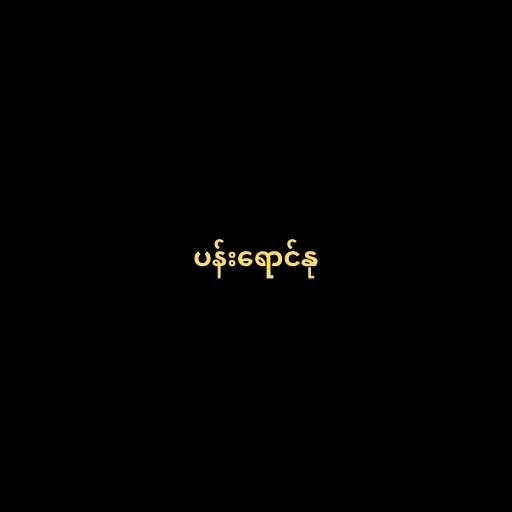
ပန်းရောင်နု